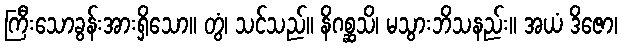
ကြီးသောခွန်းအားရှိသော။ တွံ၊ သင်သည်။ နိဂစ္ဆသိ၊ မသွားဘိသနည်း။ အယံ ဒိဇော၊